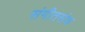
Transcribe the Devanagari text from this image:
संगीतसंच